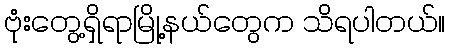
ဗုံးတွေ့ရှိရာမြို့နယ်တွေက သိရပါတယ်။